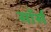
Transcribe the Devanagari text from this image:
सॉर्स